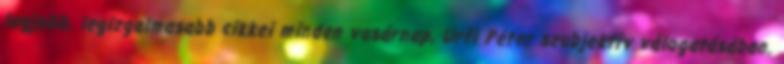
legjobb, legizgalmasabb cikkei minden vasárnap, Urfi Péter szubjektív válogatásában.